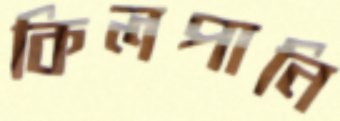
কিলপানি